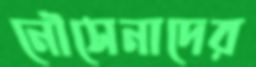
নৌসেনাদের